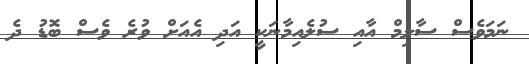
ނަމަވެސް ސާލިމް އާއި ސުލެއިމާނަކީ އަދި އެއަށް ވުރެ ވެސް ބޮޑު ދެ